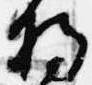
将